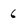
Character: 6